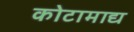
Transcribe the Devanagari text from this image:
कोटामाद्य